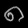
Digit: ၈